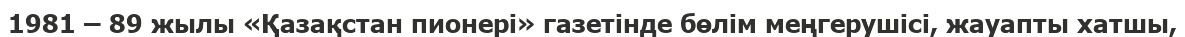
1981 – 89 жылы «Қазақстан пионері» газетінде бөлім меңгерушісі, жауапты хатшы,